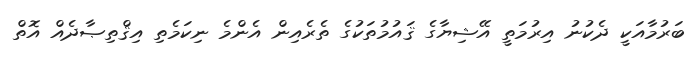
ބަރުމާއަކީ ދެކުނު އިރުމަތީ އޭޝިޔާގެ ޤައުމުތަކުގެ ތެރެއިން އެންމެ ނިކަމެތި އިޤްތިޞާދެއް އޮތް